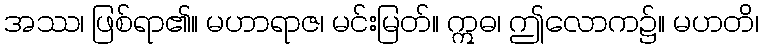
အဿ၊ ဖြစ်ရာ၏။ မဟာရာဇ၊ မင်းမြတ်။ ဣဓ၊ ဤလောက၌။ မဟတိ၊